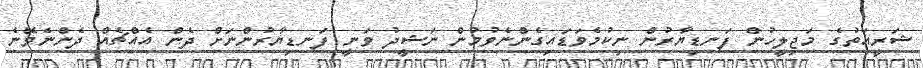
ޝަރީއަތުގެ މަޖިލީހުން ފަނޑިޔާރުން ނިކުމެވަޑައިގެންނެވުމުން ނަޝީދު ވަނީ ފަނޑިޔާރުންނަށް ދެން އެއްޗެއް ދެންނެވޭނެ